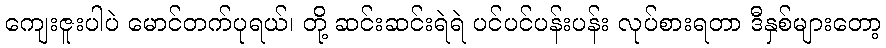
ကျေးဇူးပါပဲ မောင်တက်ပုရယ်၊ တို့ ဆင်းဆင်းရဲရဲ ပင်ပင်ပန်းပန်း လုပ်စားရတာ ဒီနှစ်များတော့